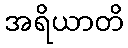
အရိယာတိ